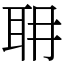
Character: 耼